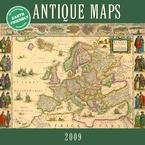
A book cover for Antique Maps 2009 Wall Calendar; Calendars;